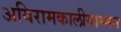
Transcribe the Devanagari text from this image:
अयिरामकालीयाम्मन